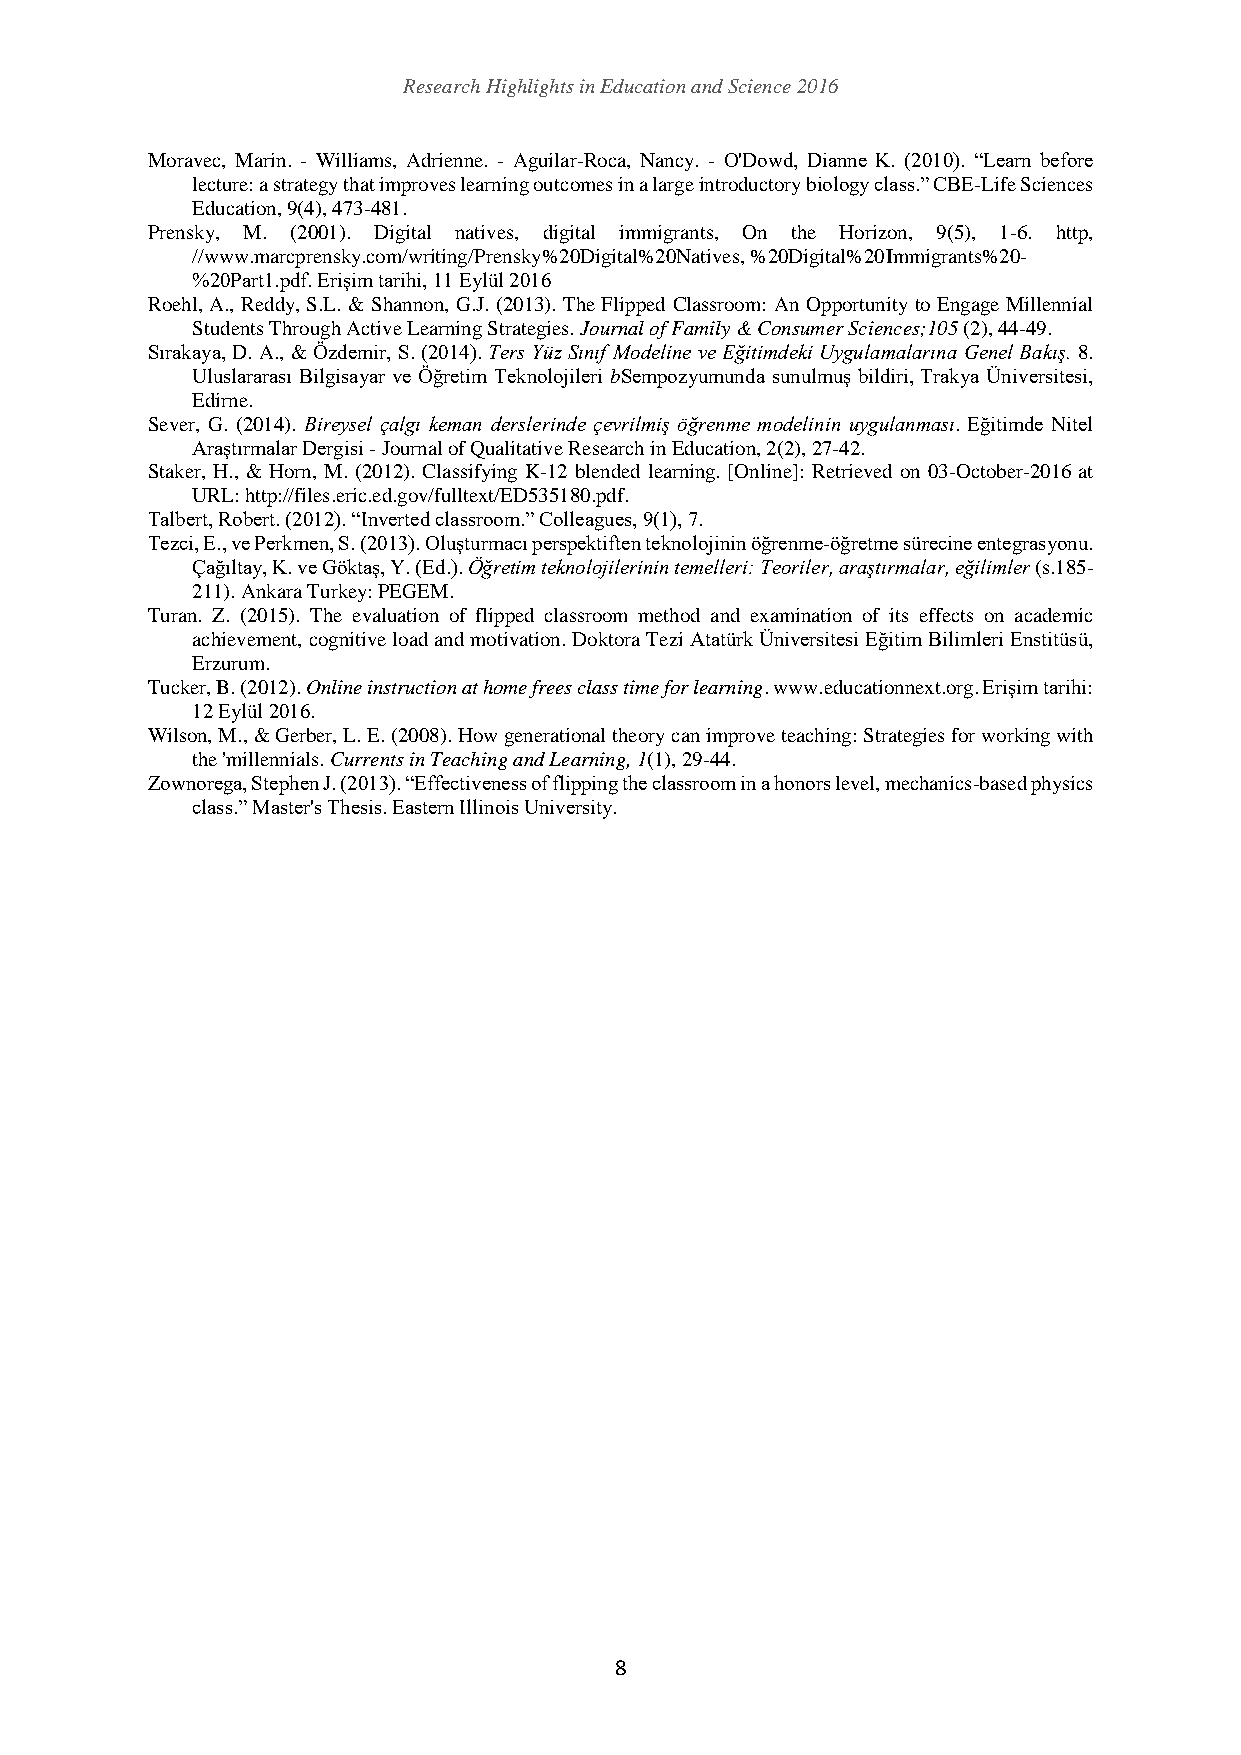
Research Highlights in Education and Science 2016
 Moravec, Marin. - Williams, Adrienne. - Aguilar-Roca, Nancy. - O'Dowd, Dianne K. (2010). “Learn before
 lecture: a strategy that improves learning outcomes in a large introductory biology class.” CBE-Life Sciences
 Education, 9(4), 473-481.
 Prensky, M. (2001). Digital natives, digital immigrants, On the Horizon, 9(5), 1-6. http,
 //www.marcprensky.com/writing/Prensky%20Digital%20Natives, %20Digital%20 Immigrants%20-
 %20Part1.pdf. Erişim tarihi, 11 Eylül 2016
 Roehl, A., Reddy, S.L. & Shannon, G.J. (2013). The Flipped Classroom: An Opportunity to Engage Millennial
 Students Through Active Learning Strategies. Journal of Family & Consumer Sciences;105 (2), 44-49.
 Sırakaya, D. A., & Özdemir, S. (2014). Ters Yüz Sınıf Modeline ve Eğitimdeki Uygulamalarına Genel Bakış. 8.
 Uluslararası Bilgisayar ve Öğretim Teknolojileri bSempozyumunda sunulmuş bildiri, Trakya Üniversitesi,
 Edirne.
 Sever, G. (2014). Bireysel çalgı keman derslerinde çevrilmiş öğrenme modelinin uygulanması. Eğitimde Nitel
 Araştırmalar Dergisi - Journal of Qualitative Research in Education, 2(2), 27-42.
 Staker, H., & Horn, M. (2012). Classifying K-12 blended learning. [Online]: Retrieved on 03-October-2016 at
 URL: http://files.eric.ed.gov/fulltext/ED535180.pdf.
 Talbert, Robert. (2012). “Inverted classroom.” Colleagues, 9(1), 7.
 Tezci, E., ve Perkmen, S. (2013). Oluşturmacı perspektiften teknolojinin öğrenme-öğretme sürecine entegrasyonu.
 Çağıltay, K. ve Göktaş, Y. (Ed.). Öğretim teknolojilerinin temelleri: Teoriler, araştırmalar, eğilimler (s.185-
 211). Ankara Turkey: PEGEM.
 Turan. Z. (2015). The evaluation of flipped classroom method and examination of its effects on academic
 achievement, cognitive load and motivation. Doktora Tezi Atatürk Üniversitesi Eğitim Bilimleri Enstitüsü,
 Erzurum.
 Tucker, B. (2012). Online instruction at home frees class time for learning. www.educationnext.org. Erişim tarihi:
 12 Eylül 2016.
 Wilson, M., & Gerber, L. E. (2008). How generational theory can improve teaching: Strategies for working with
 the 'millennials. Currents in Teaching and Learning, 1(1), 29-44.
 Zownorega, Stephen J. (2013). “Effectiveness of flipping the classroom in a honors level, mechanics-based physics
 class.” Master's Thesis. Eastern Illinois University.
 8